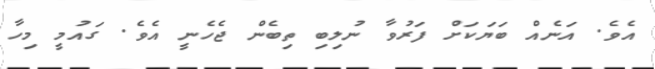
އެވެ. އަނެއް ބަޔަކަށް ފަރުވާ ނުލިބި ތިބެން ޖެހެނީ އެވެ. ގައުމީ މިހާ